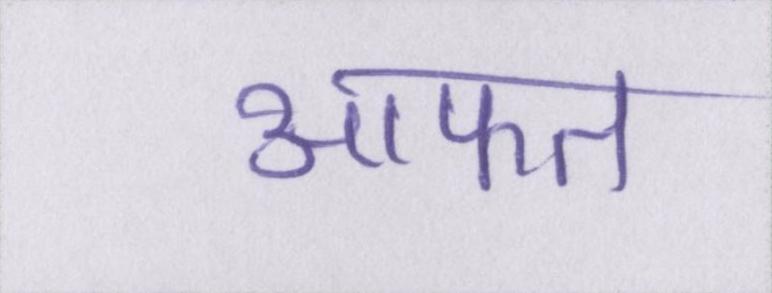
आफत